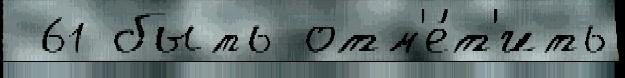
 61 быть отм'е́т'ить